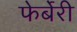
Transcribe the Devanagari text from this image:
फेर्बेरी